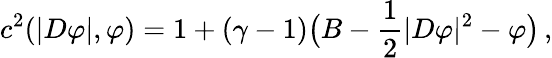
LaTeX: c^{2}(|D\varphi|,\varphi)=1+(\gamma-1)\big(B-\frac 12|D\varphi|^{2}-\varphi\big)\, ,